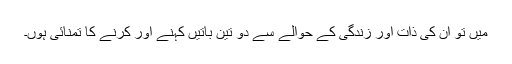
میں تو ان کی ذات اور زندگی کے حوالے سے دو تین باتیں کہنے اور کرنے کا تمنائی ہوں۔